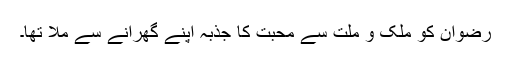
رضوان کو ملک و ملت سے محبت کا جذبہ اپنے گھرانے سے ملا تھا۔